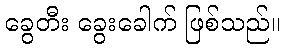
ခွေတီး ခွေးခေါက် ဖြစ်သည်။